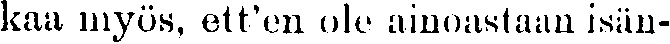
kaa myös, ett'en ole ainoastaan isän-